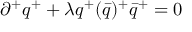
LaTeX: \partial ^ { + } q ^ { + } + \lambda { q ^ { + } ( \bar { q } ) ^ { + } } { \bar { q } } ^ { + } = 0